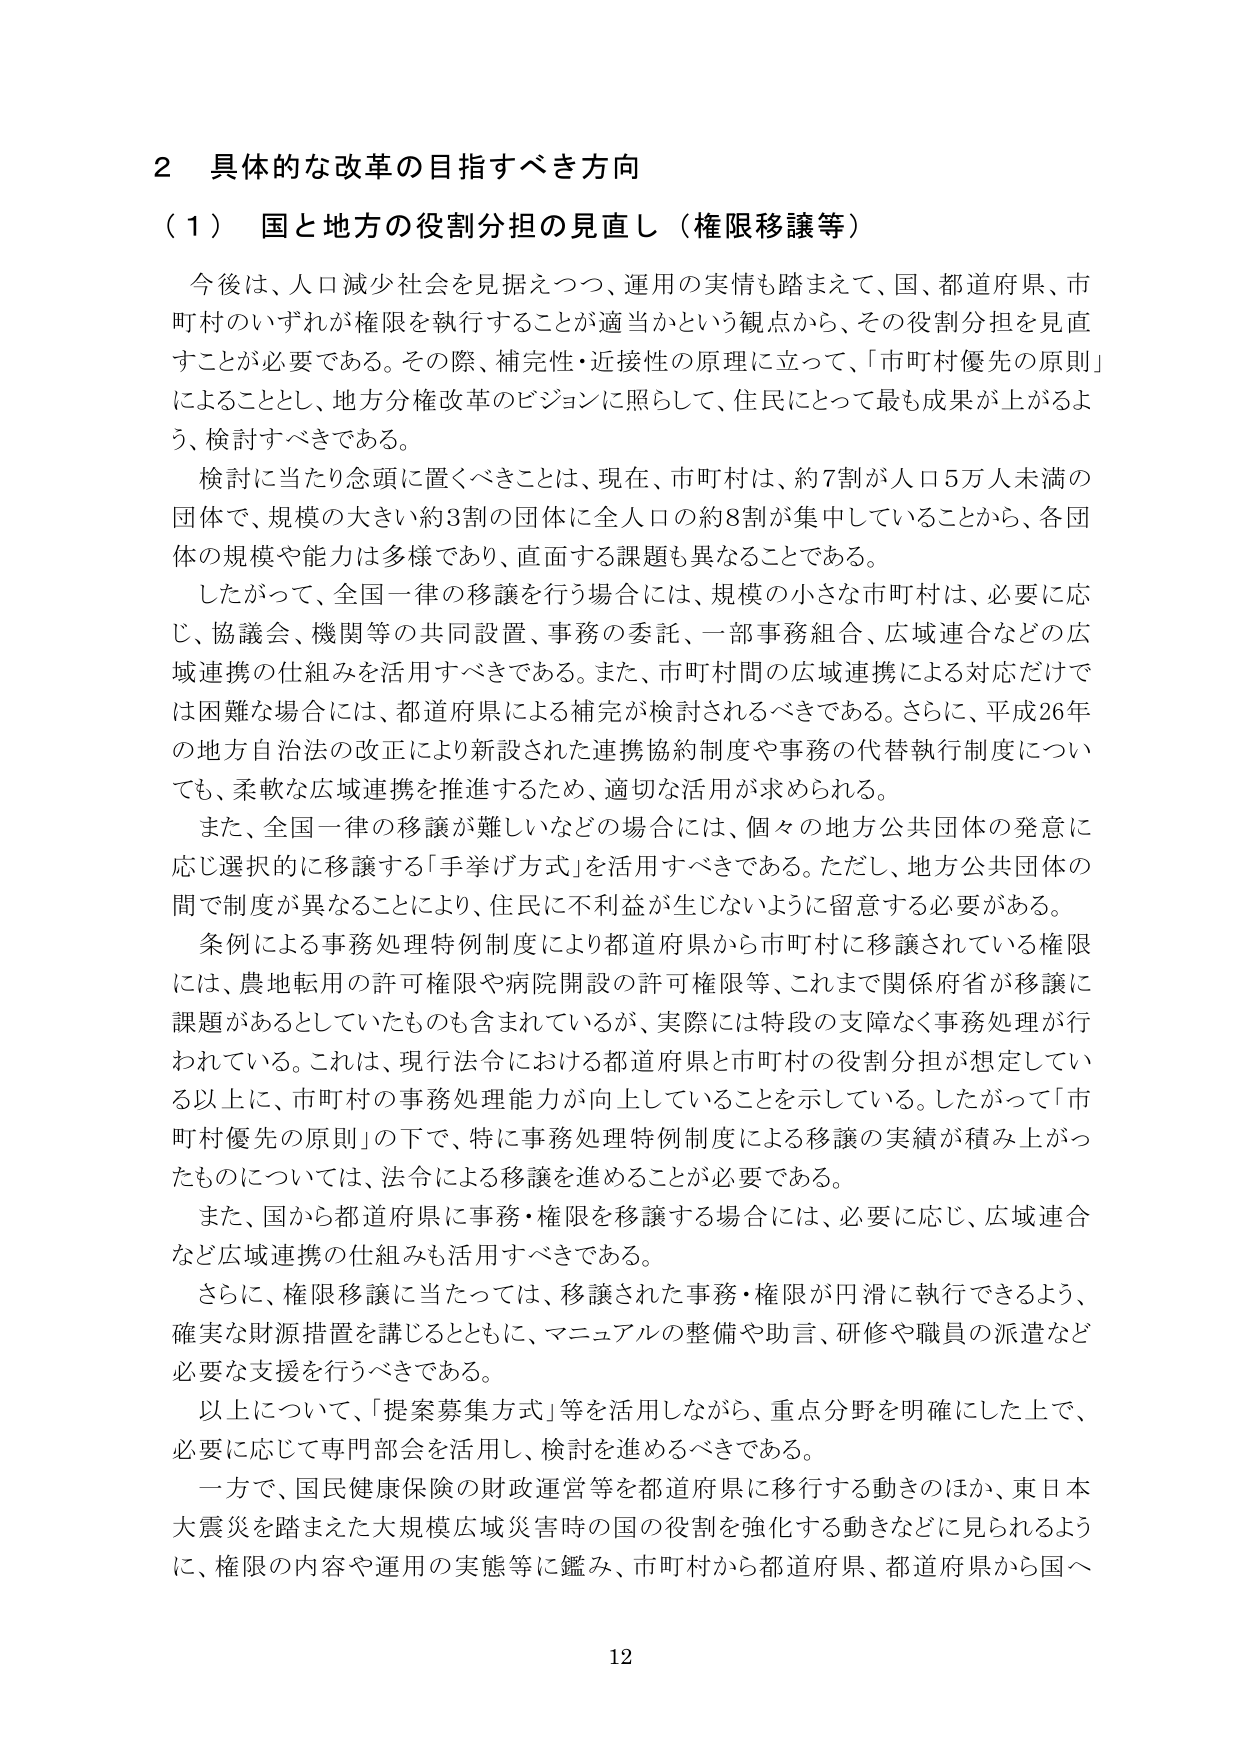
2 具体的な改革の目指すべき方向
（1） 国と地方の役割分担の見直し（権限移譲等）
今後は、人口減少社会を見据えつつ、運用の実情も踏まえて、国、都道府県、市町村のいずれが権限を執行することが適当かという観点から、その役割分担を見直すことが必要である。その際、補完性・近接性の原理に立って、「市町村優先の原則」によることとし、地方分権改革のビジョンに照らして、住民にとって最も成果が上がるよう、検討すべきである。
検討に当たり念頭に置くべきことは、現在、市町村は、約7割が人口5万人未満の団体で、規模の大きい約3割の団体に全人口の約8割が集中していることから、各団体の規模や能力は多様であり、直面する課題も異なることである。
したがって、全国一律の移譲を行う場合には、規模の小さな市町村は、必要に応じ、協議会、機関等の共同設置、事務の委託、一部事務組合、広域連合などの広域連携の仕組みを活用すべきである。また、市町村間の広域連携による対応だけでは困難な場合には、都道府県による補完が検討されるべきである。さらに、平成26年の地方自治法の改正により新設された連携協約制度や事務の代替執行制度についても、柔軟な広域連携を推進するため、適切な活用が求められる。
また、全国一律の移譲が難しいなどの場合には、個々の地方公共団体の発意に応じ選択的に移譲する「手挙げ方式」を活用すべきである。ただし、地方公共団体の間で制度が異なることにより、住民に不利益が生じないように留意する必要がある。
条例による事務処理特例制度により都道府県から市町村に移譲されている権限には、農地転用の許可権限や病院開設の許可権限等、これまで関係府省が移譲に課題があるとしていたものも含まれているが、実際には特段の支障なく事務処理が行われている。これは、現行法令における都道府県と市町村の役割分担が想定している以上に、市町村の事務処理能力が向上していることを示している。したがって「市町村優先の原則」の下で、特に事務処理特例制度による移譲の実績が積み上がったものについては、法令による移譲を進めることが必要である。
また、国から都道府県に事務・権限を移譲する場合には、必要に応じ、広域連合など広域連携の仕組みも活用すべきである。
さらに、権限移譲に当たっては、移譲された事務・権限が円滑に執行できるよう、確実な財源措置を講じるとともに、マニュアルの整備や助言、研修や職員の派遣など必要な支援を行うべきである。
以上について、「提案募集方式」等を活用しながら、重点分野を明確にした上で、必要に応じて専門部会を活用し、検討を進めるべきである。
一方で、国民健康保険の財政運営等を都道府県に移行する動きのほか、東日本大震災を踏まえた大規模広域災害時の国の役割を強化する動きなどに見られるように、権限の内容や運用の実態等に鑑み、市町村から都道府県、都道府県から国へ
12